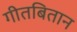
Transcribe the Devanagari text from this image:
गीतबितान